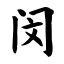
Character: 闵